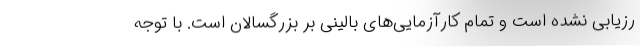
رزیابی نشده است و تمام کارآزمایی‌های بالینی بر بزرگسالان است. با توجه